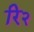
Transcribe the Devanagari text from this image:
रि२